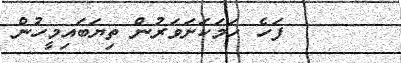
ފަހެ ހަމަކަށަވަރުން ތިޔަބައިމީހުން